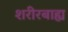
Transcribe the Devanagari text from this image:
शरीरबाह्य